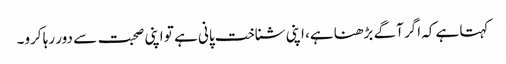
کہتا ہے کہ اگر آگے بڑھنا ہے، اپنی شناخت پانی ہے تو اپنی صحبت سے دور رہا کرو۔